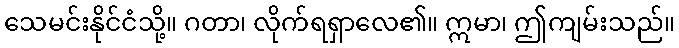
သေမင်းနိုင်ငံသို့။ ဂတာ၊ လိုက်ရရှာလေ၏။ ဣမာ၊ ဤကျမ်းသည်။